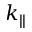
k _ { \parallel }